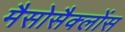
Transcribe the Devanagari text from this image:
मैसोसैक्लोंस